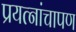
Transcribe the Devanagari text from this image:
प्रयत्नांचापण